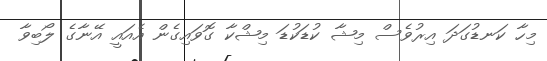
މިހާ ކަނޑުގަދަ އިރުވެސް މިޝާ ކުޑަކުޑަ މިޝްކާ ގޮވައިގެން އެއައީ އޭނާގެ ލޯބިވާ